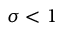
\sigma < 1